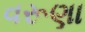
વરૂણા